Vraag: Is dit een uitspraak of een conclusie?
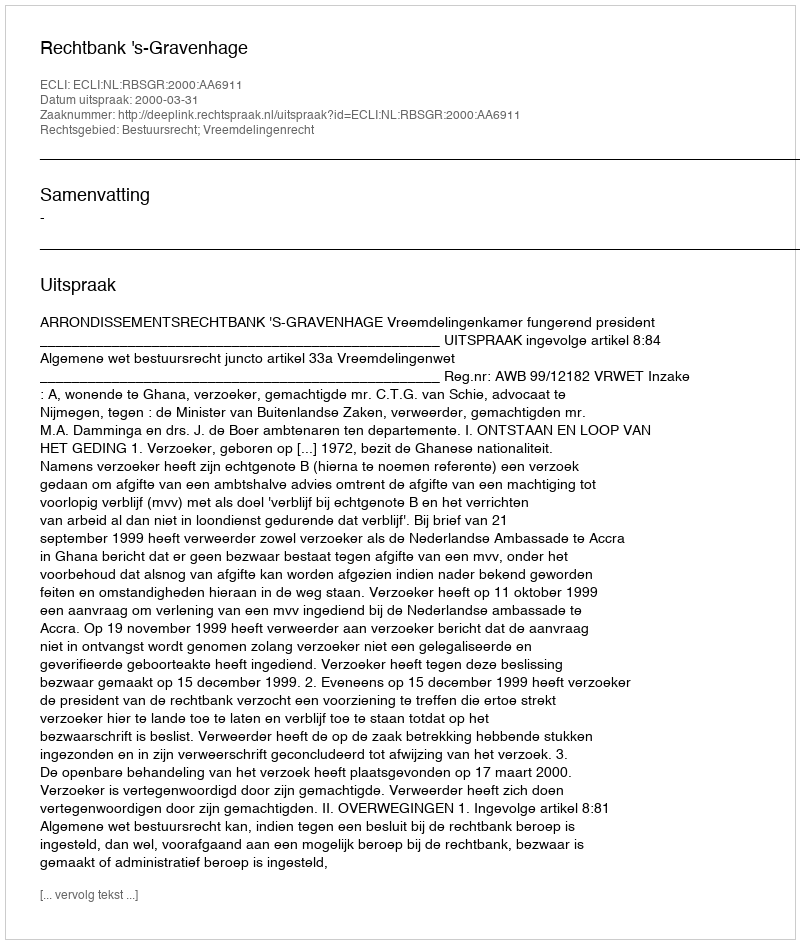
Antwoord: Uitspraak